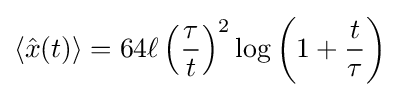
\langle {\hat {x}}(t)\rangle =64\ell \left({\frac {\tau }{t}}\right)^{2}\log \left(1+{\frac {t}{\tau }}\right)